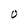
Character: O